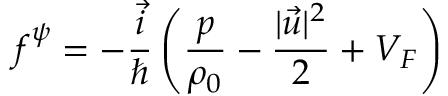
\boldsymbol { f } ^ { \psi } = - \frac { \vec { i } } { \hbar } \left( \frac { p } { \rho _ { 0 } } - \frac { | \vec { u } | ^ { 2 } } { 2 } + V _ { F } \right)